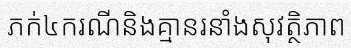
ភក់៤ករណីនិងគ្មានរនាំងសុវត្ថិភាព